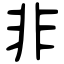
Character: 非